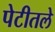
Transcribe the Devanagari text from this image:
पेटीतले